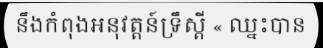
នឹងកំពុងអនុវត្តន៍ទ្រឹស្តី « ឈ្នះបាន